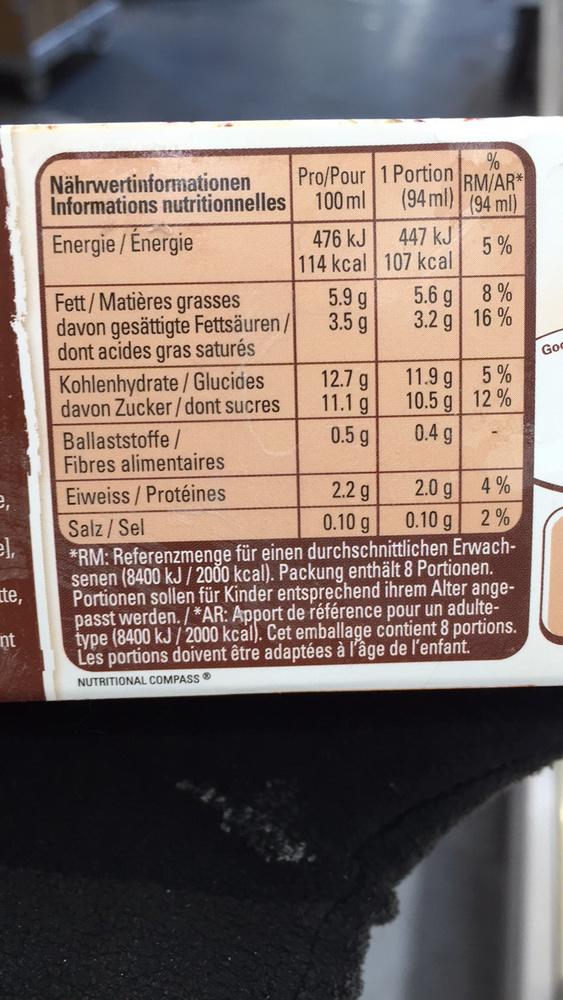
e,
te,
nt
Nährwertinformationen Informations nutritionnelles
Energie/ Énergie
Fett/Matières grasses davon gesättigte Fettsäuren/
dont acides gras saturés
Kohlenhydrate/Glucides
davon Zucker/dont sucres
Ballaststoffe /
Fibres alimentaires
Pro/Pour 1 Portion (94 ml)
100 ml
476 kJ
114 kcal
5.9 g
3.5 g
12.7 g
11.1 g
0.5 g
447 kJ
107 kcal
5.6 g
3.2 g
11.9 g
10.5 g
0.4 g
%
RM/AR* (94 ml)
5%
2.0 g
0.10 g
8%
16%
5%
12%
2.2 g
4%
Eiweiss/Protéines
0.10 g
Salz / Sel
2%
*RM: Referenzmenge für einen durchschnittlichen Erwachsenen (8400 kJ/2000 kcal). Packung enthält 8 Portionen. Portionen sollen für Kinder entsprechend ihrem Alter angepasst werden. /*AR: Apport de référence pour un adultetype (8400 kJ/2000 kcal). Cet emballage contient 8 portions. Les portions doivent être adaptées à l'âge de l'enfant.
NUTRITIONAL COMPASS Ⓡ
Go